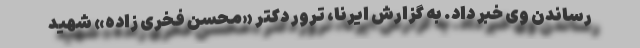
رساندن وی خبر داد. به گزارش ایرنا، ترور دکتر «محسن فخری زاده» شهید